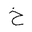
Letter: _kha